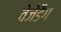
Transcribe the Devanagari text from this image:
वेजेडैग